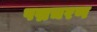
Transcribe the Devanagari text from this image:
पद्मचरण